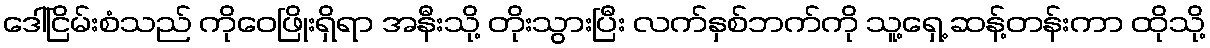
ဒေါ်ငြိမ်းစံသည် ကိုဝေဖြိုးရှိရာ အနီးသို့ တိုးသွားပြီး လက်နှစ်ဘက်ကို သူ့ရှေ့ ဆန့်တန်းကာ ထိုသို့